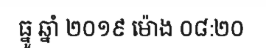
ធ្នូ ឆ្នាំ ២០១៩ ម៉ោង ០៨:២០